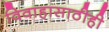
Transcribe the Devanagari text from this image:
विवाहासाठीही